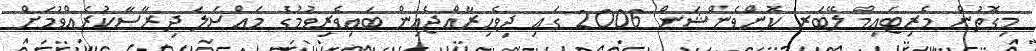
މިގޮތުން މެރިޓައިމް ލޭބަރ ކޮންވެންޝަން 2006 ގައި ދިވެހިރާއްޖެއިން ބައިވެރިވުމުގެ މައްސަލަ ދިރާސާކުރެއްވުމަށް